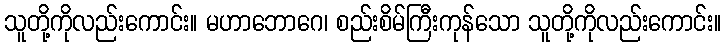
သူတို့ကိုလည်းကောင်း။ မဟာဘောဂေ၊ စည်းစိမ်ကြီးကုန်သော သူတို့ကိုလည်းကောင်း။